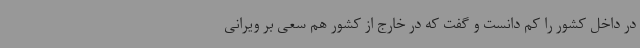
در داخل کشور را کم دانست و گفت که در خارج از کشور هم سعی بر ویرانی